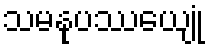
သမနုပဿေယျုံ